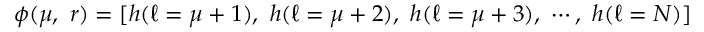
\phi ( \mu , \ r ) = [ h ( \ell = \mu + 1 ) , \ h ( \ell = \mu + 2 ) , \ h ( \ell = \mu + 3 ) , \ \cdots , \ h ( \ell = N ) ]